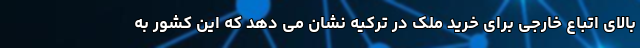
بالای اتباع خارجی برای خرید ملک در ترکیه نشان می دهد که این کشور به